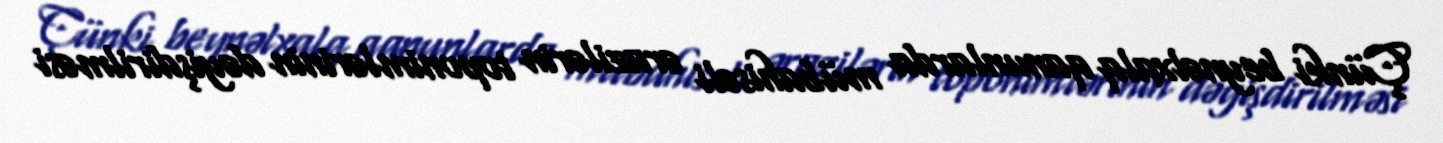
Çünki beynəlxalq qanunlarda mübahisəli ərazilərin toponimlərinin dəyişdirilməsi